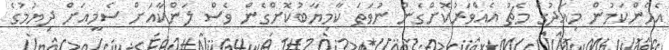
އެހެންކަމުން މިއަދުގެ މެޗު އެއްވަރުކޮށްގެން ނުވަތަ ކާމިޔާބުކޮށްގެން ވެސް ލަންކާއަށް ސެމީއަށް ދިޔުމުގެ